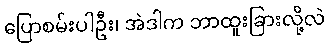
ပြောစမ်းပါဦး၊ အဲဒါက ဘာထူးခြားလို့လဲ